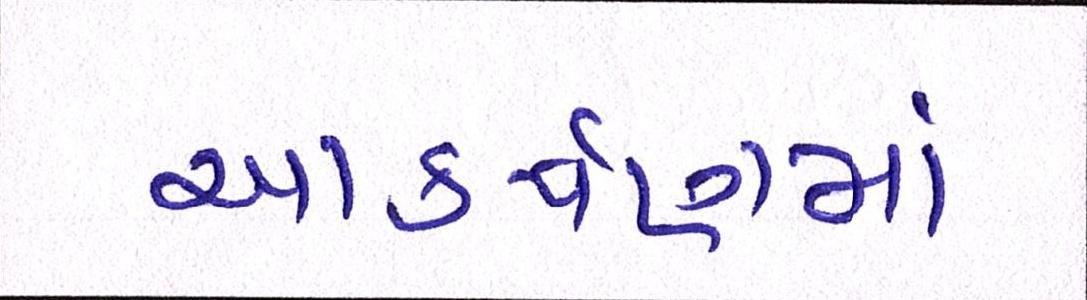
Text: આકર્ષણમાં